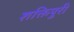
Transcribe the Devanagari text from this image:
शक्तिपुरी